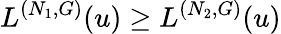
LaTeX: L^{(N_{1},G)}(u)\ge L^{(N_{2},G)}(u)